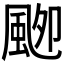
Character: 𱂾